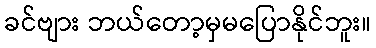
ခင်ဗျား ဘယ်တော့မှမပြောနိုင်ဘူး။